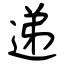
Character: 递